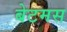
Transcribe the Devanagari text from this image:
बेटमस